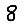
Digit: 8